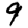
Digit: 9